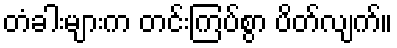
တံခါးများက တင်းကြပ်စွာ ပိတ်လျက်။